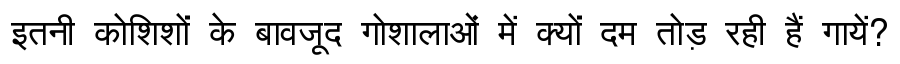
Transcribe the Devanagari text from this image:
इतनी कोशिशों के बावजूद गोशालाओं में क्यों दम तोड़ रही हैं गायें?